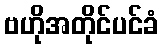
ဗဟိုအတိုင်ပင်ခံ